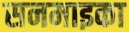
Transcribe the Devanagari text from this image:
सनमाइका